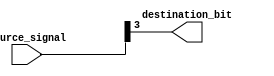
module bit_select_assign (
    input wire [7:0] source_signal,
    output wire destination_bit
);

assign destination_bit = source_signal[3]; //Assigns the bit at index 3 from source_signal to destination_bit

endmodule